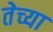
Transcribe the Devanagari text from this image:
तेच्या